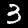
Digit: 3